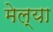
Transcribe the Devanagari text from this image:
मेल्‍या